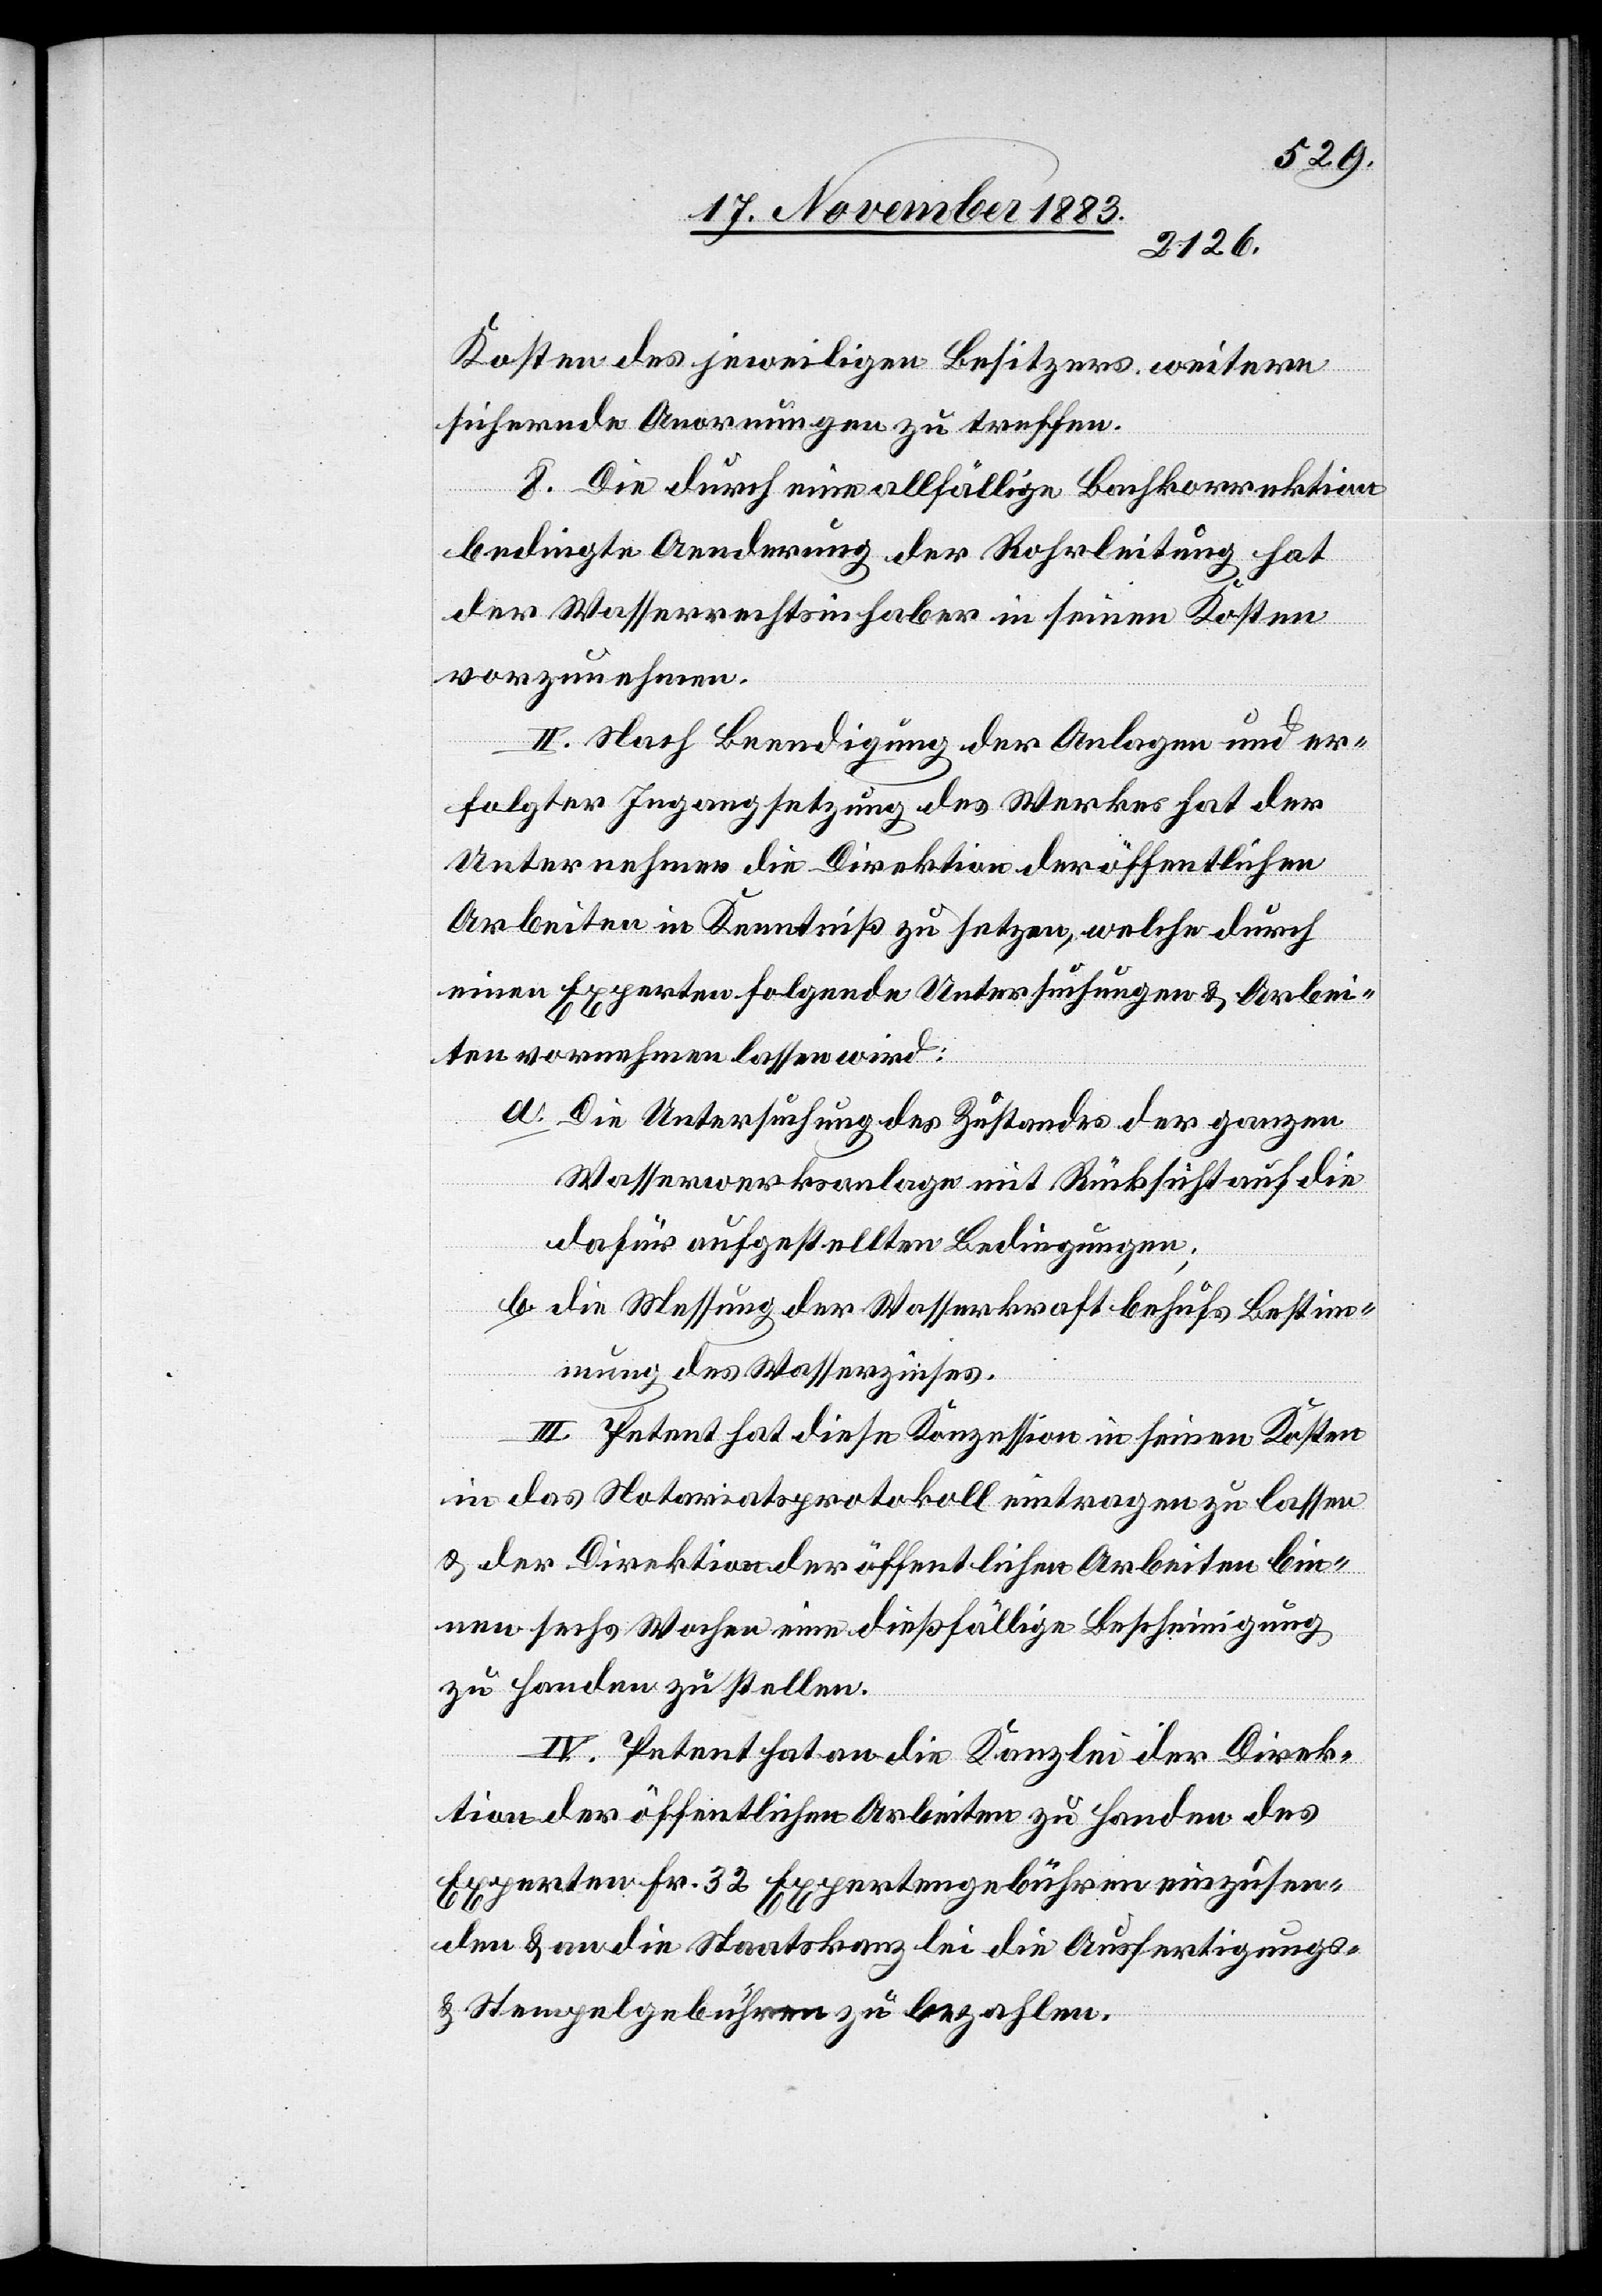
Kosten des jeweiligen Besitzers weitere
sichernde Anordnungen zu treffen.
8. Die durch eine allfällige Bachkorrektion
bedingte Aenderung der Rohrleitung hat
der Wasserrechtsinhaber in seinen Kosten
vorzunehmen.
II. Nach Beendigung der Anlagen und er¬
folgter Ingangsetzung des Werkes hat der
Unternehmer die Direktion der öffentlichen
Arbeiten in Kenntniß zu setzen, welche durch
einen Experten folgende Untersuchungen & Arbei¬
ten vornehmen lassen wird:
a. Die Untersuchung des Zustandes der ganzen
Wasserwerksanlage mit Rücksicht auf die
dafür aufgestellten Bedingungen;
b. die Messung der Wasserkraft behufs Bestim¬
mung des Wasserzinses.
III. Petent hat diese Konzession in seinen Kosten
in das Notariatsprotokoll eintragen zu lassen
& der Direktion der öffentlichen Arbeiten bin¬
nen sechs Wochen eine dießfällige Bescheinigung
zu Handen zu stellen.
IV. Petent hat an die Kanzlei der Direk¬
tion der öffentlichen Arbeiten zu Handen des
Experten Fr. 32 Expertengebühren einzusen¬
den & an die Staatskanzlei die Ausfertigungs-
& Stempelgebühren zu bezahlen.